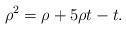
LaTeX: \begin{align*}\rho^2=\rho +5\rho t-t.\end{align*}